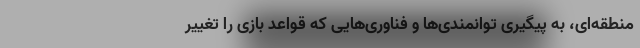
منطقه‌ای، به پیگیری توانمندی‌ها و فناوری‌هایی که قواعد بازی را تغییر